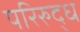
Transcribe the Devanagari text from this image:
परिरुद्ध